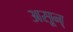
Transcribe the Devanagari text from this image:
असून्